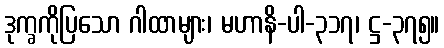
ဒုက္ခကိုပြသော ဂါထာများ၊ မဟာနိ-ပါ-၃၁၇၊ ဋ္ဌ-၃၇၅။